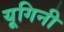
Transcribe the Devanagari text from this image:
यूगिनी